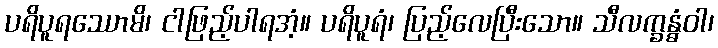
ပရိပူရဿောမိ၊ ငါဖြည့်ပါရအံ့။ ပရိပူရံ၊ ပြည့်လေပြီးသော။ သီလက္ခန္ဓံဝါ၊